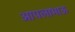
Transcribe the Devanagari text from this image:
आपलाभाऊ